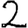
Digit: 2